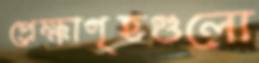
প্রেক্ষাগৃহগুলো